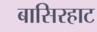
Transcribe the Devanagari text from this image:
बासिरहाट